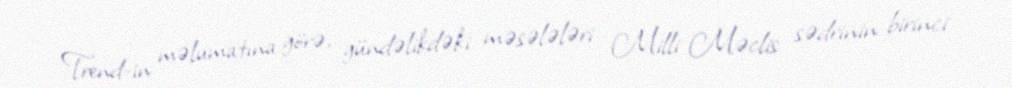
Trend-in məlumatına görə, gündəlikdəki məsələləri Milli Məclis sədrinin birinci